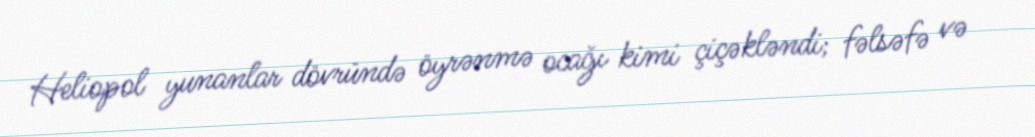
Heliopol yunanlar dövründə öyrənmə ocağı kimi çiçəkləndi; fəlsəfə və